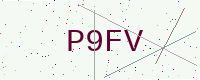
Text: P9FV